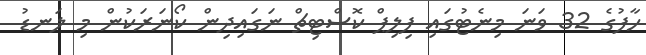
ހާފުގެ 32 ވަނަ މިނެޓުގައި ފިލިޕް ކޮސްޓިޗް ނަގައިދިން ކޯނަރަކުން މި ލަނޑު